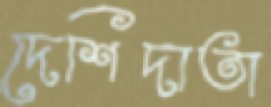
দেশিদাতা